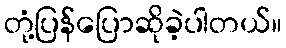
တုံ့ပြန်ပြောဆိုခဲ့ပါတယ်။